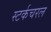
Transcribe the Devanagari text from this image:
स्टर्कचरल